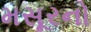
મસૂરનો